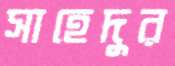
সাহেদুর